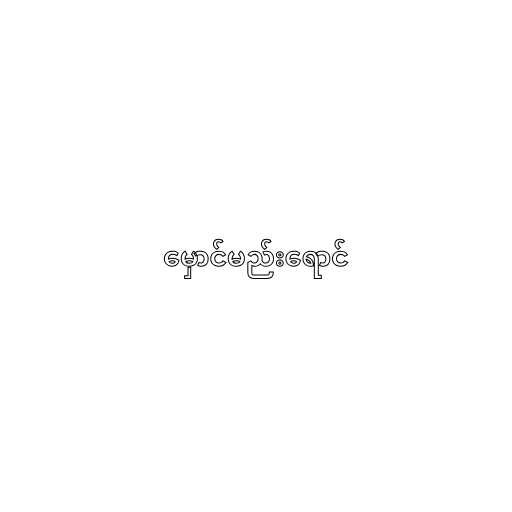
မှောင်မည်းရောင်